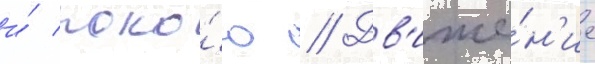
и́ поко́ю // Дв'иже́н'ие